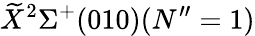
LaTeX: \widetilde{X}^{2}\Sigma^{+}(010)(N^{\prime\prime}=1)